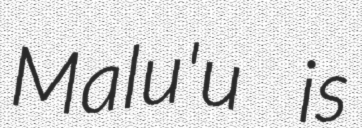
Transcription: Malu'u is